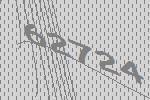
62724